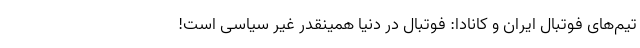
تیم‌های فوتبال ایران و کانادا: فوتبال در دنیا همینقدر غیر سیاسی است!